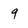
Character: 9